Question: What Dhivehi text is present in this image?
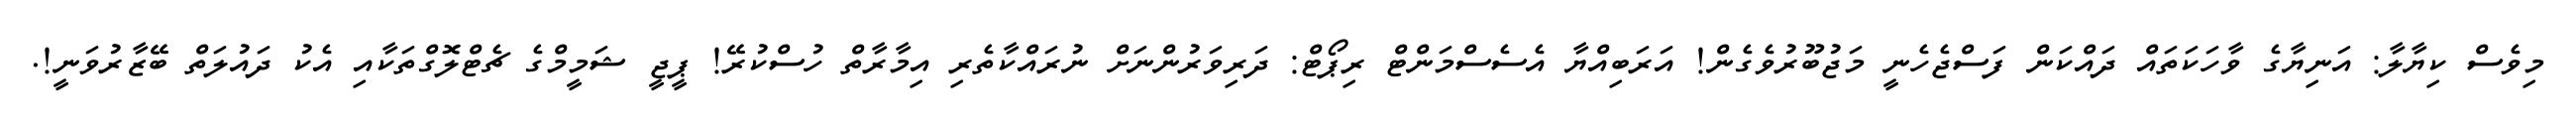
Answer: މިވެސް ކިޔާލާ: އަނިޔާގެ ވާހަކަތައް ދައްކަން ފަސްޖެހެނީ މަޖުބޫރުވެގެން! އަރަބިއްޔާ އެސެސްމަންޓް ރިޕޯޓް: ދަރިވަރުންނަށް ނުރައްކާތެރި އިމާރާތް ހުސްކުރޭ! ޕީޖީ ޝަމީމްގެ ޗެޓްލޮގްތަކާއި އެކު ދައުލަތް ބޭޒާރުވަނީ!.